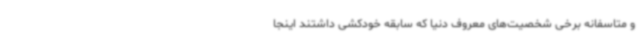
و متاسفانه برخی شخصیت‌های معروف دنیا که سابقه خودکشی داشتند اینجا